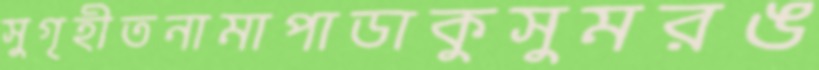
সুগৃহীতনামাপাডাকুসুমরঙ